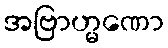
အဗြာဟ္မဏော